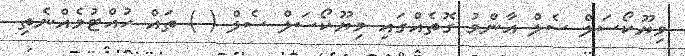
މިޔޫކޯސަލް ސެލް އާންމު ގޮތެއްގައި މިޔޫކޯސަލް ސެލް ( ) ތައް ހުއްޓުމެއްނެތި